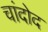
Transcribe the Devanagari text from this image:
चांदोद